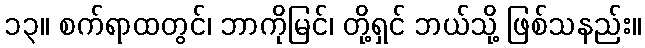
၁၃။ စက်ရာထတွင်၊ ဘာကိုမြင်၊ တို့ရှင် ဘယ်သို့ ဖြစ်သနည်း။